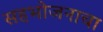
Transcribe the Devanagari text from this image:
सहभोजनाचा